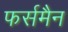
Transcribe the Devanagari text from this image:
फर्समैन